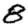
Digit: 8